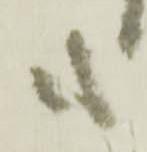
も